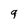
Character: 9